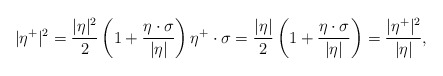
\begin{align*}|\eta^+|^2 = \frac{|\eta|^2}{2}\left(1+\frac{\eta\cdot\sigma}{|\eta|}\right) \eta^+\cdot\sigma = \frac{|\eta|}{2} \left(1+\frac{\eta\cdot\sigma}{|\eta|}\right) = \frac{|\eta^+|^2}{|\eta|},\end{align*}